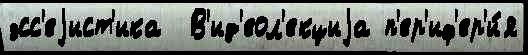
эсс'еjист'ика  В'ид'еол'екциjа п'ер'иф'ер'и́я